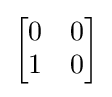
{\begin{bmatrix}0&0\\1&0\end{bmatrix}}